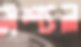
সশ্যল